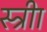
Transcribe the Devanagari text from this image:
स्त्रीा